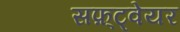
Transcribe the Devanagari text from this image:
सफ़्ट्वेयर